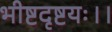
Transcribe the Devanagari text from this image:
भीष्टदृष्टयः।।